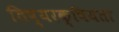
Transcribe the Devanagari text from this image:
तिष्यरक्षियता